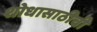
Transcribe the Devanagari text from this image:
शोधासाठीची